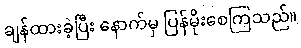
ချန်ထားခဲ့ပြီး နောက်မှ ပြန်မိုးစေကြသည်။